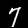
Label: 7